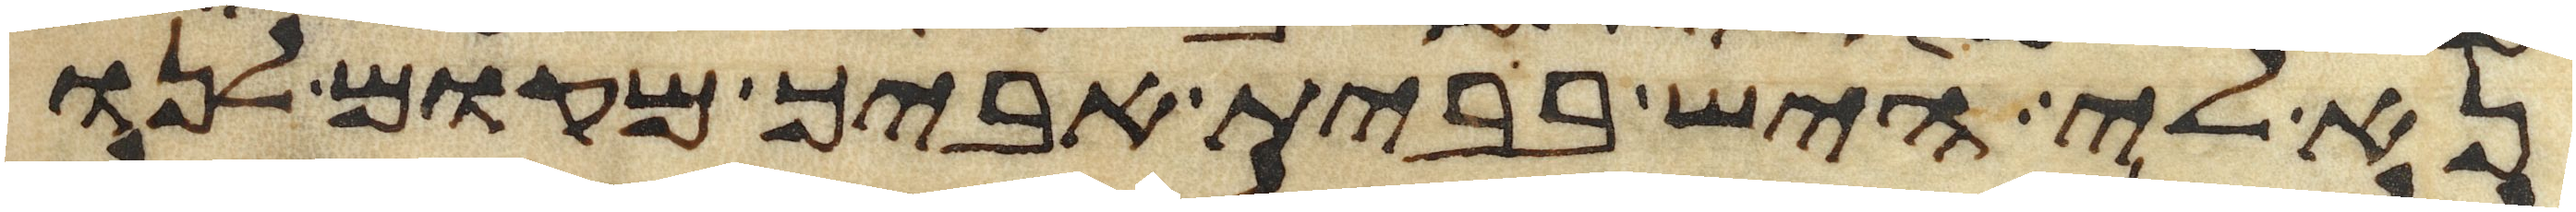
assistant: נא לי היש בבית אביך מקום לנו